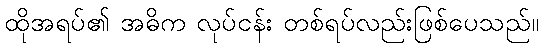
ထိုအရပ်၏ အဓိက လုပ်ငန်း တစ်ရပ်လည်းဖြစ်ပေသည်။